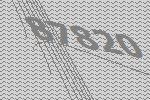
87820